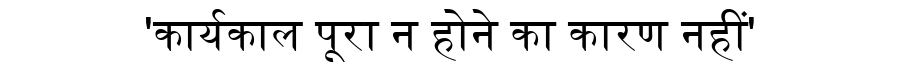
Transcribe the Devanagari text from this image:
'कार्यकाल पूरा न होने का कारण नहीं'